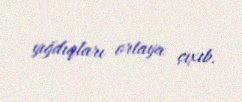
yığdıqları ortaya çıxıb.